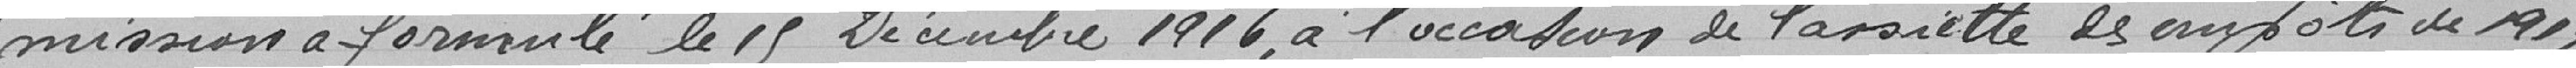
mission a formulé le 15 Décembre 1916 a l'occasion de l'assiette des impôts de 1917,